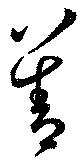
善